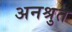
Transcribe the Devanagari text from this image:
अनश्रुत